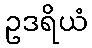
ဥဒရိယံ